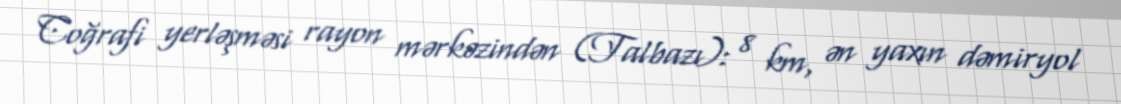
Coğrafi yerləşməsi rayon mərkəzindən (Talbazı): 8 km, ən yaxın dəmiryol